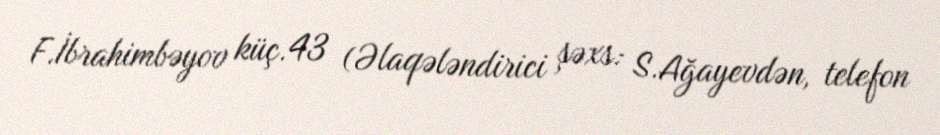
F.İbrahimbəyov küç.43 (Əlaqələndirici şəxs: S.Ağayevdən, telefon